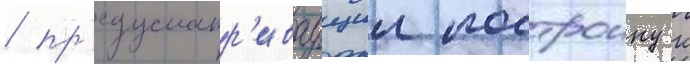
/ пр'едусматр'иваущии построику к